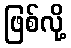
ဖြစ်လို့